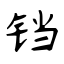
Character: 铛